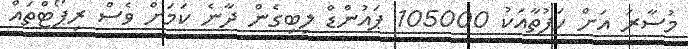
މުސާރަ އަށް ހަފުތާއަކު 105000 ޕައުންޑް ލިބިގެން ދާނެ ކަމަށް ވެސް ރިޕޯޓްތައް